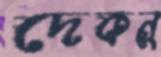
দেকনু